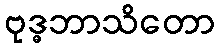
ဗုဒ္ဓဘာသိတော